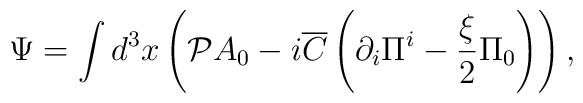
\Psi  = \int {d^3 x} \left( {{\cal P}A_0  - i{\overline C}\left({\partial _i \Pi ^i - \frac{\xi }{2}\Pi _0 } \right)} \right),